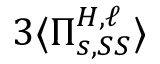
3 \langle \Pi _ { s , S S } ^ { H , \ell } \rangle